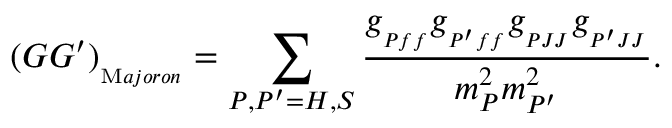
( G G ^ { \prime } ) _ { { } _ { { \mathrm M a j o r o n } } } = \sum _ { P , P ^ { \prime } = H , S } { { \frac { g _ { { } _ { P f f } } g _ { { } _ { P ^ { \prime } f f } } g _ { { } _ { P J J } } g _ { { } _ { P ^ { \prime } J J } } } { m _ { P } ^ { 2 } m _ { P ^ { \prime } } ^ { 2 } } } } .